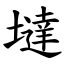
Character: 墶